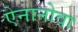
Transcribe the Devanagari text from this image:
ऐनानोवा